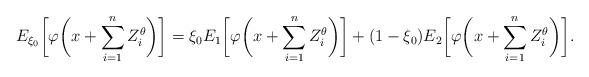
LaTeX: \begin{align*}E_{\xi_0} \biggl[\varphi\biggl(x+\sum_{i=1}^{n} Z_i^\theta\biggr)\biggr]=\xi_0 E_1\biggl[\varphi\biggl(x+\sum_{i=1}^{n} Z_i^\theta\biggr)\biggr]+(1-\xi_0)E_2\biggl[\varphi\biggl(x+\sum_{i=1}^{n} Z_i^\theta\biggr)\biggr].\end{align*}